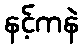
နင့်ကနဲ